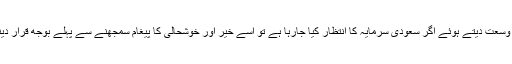
اب سی پیک کو وسعت دیتے ہوئے اگر سعودی سرمایہ کا انتظار کیا جارہا ہے تو اسے خیر اور خوشحالی کا پیغام سمجھنے سے پہلے بوجھ قرار دینا ضروری ہے۔